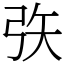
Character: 矤